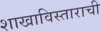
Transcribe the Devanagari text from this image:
शाखाविस्ताराची